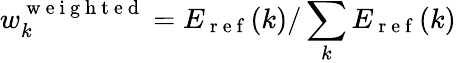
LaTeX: w_{k}^{\mathrm{~w~e~i~g~h~t~e~d~}}=E_{\mathrm{~r~e~f~}}(k)/\sum_{k}E_{\mathrm{~r~e~f~}}(k)